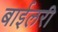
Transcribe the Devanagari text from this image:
बाईलरी